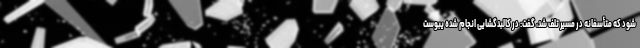
شود که متأسفانه در مسیر تلف شد، گفت: در کالبدگشایی انجام شده یبوست